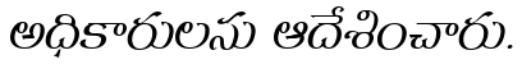
అధికారులను ఆదేశించారు.